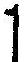
1